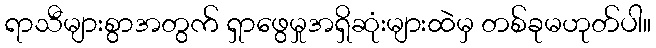
ရာသီများစွာအတွက် ရှာဖွေမှုအရှိဆုံးများထဲမှ တစ်ခုမဟုတ်ပါ။